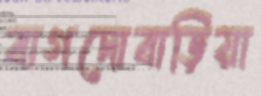
বাগদোবাড়িয়া